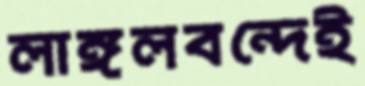
লাঙ্গলবন্দেই